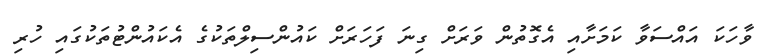
ވާހަކަ އައްސަވާ ކަމަށާއި އެގޮތުން ވަރަށް ގިނަ ފަހަރަށް ކައުންސިލްތަކުގެ އެކައުންޓުތަކުގައި ހުރި